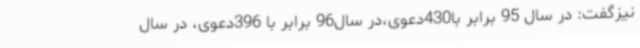
نیزگفت: در سال 95 برابر با430دعوی،در سال96 برابر با 396دعوی، در سال